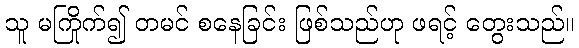
သူ မကြိုက်၍ တမင် စနေခြင်း ဖြစ်သည်ဟု ဖရင့် တွေးသည်။